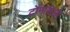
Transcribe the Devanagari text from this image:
टोमासेलो